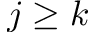
j \geq k